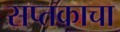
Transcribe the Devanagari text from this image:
सप्तकाचा